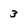
Character: 3